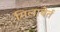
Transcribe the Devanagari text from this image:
गिलाबेर्त